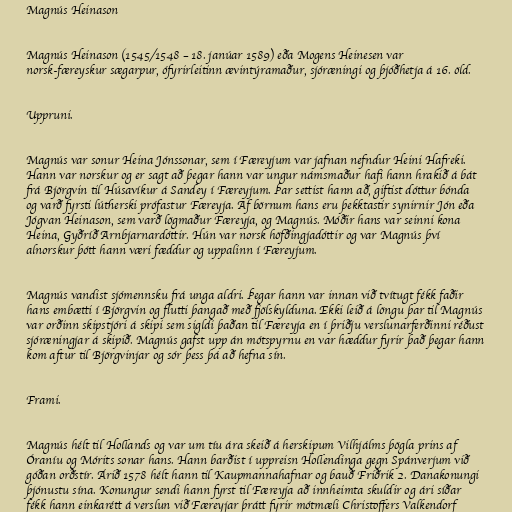
Magnús Heinason

Magnús Heinason (1545/1548 – 18. janúar 1589) eða Mogens Heinesen var
norsk-færeyskur sægarpur, ófyrirleitinn ævintýramaður, sjóræningi og þjóðhetja á 16. öld.

Uppruni.

Magnús var sonur Heina Jónssonar, sem í Færeyjum var jafnan nefndur Heini Hafreki.
Hann var norskur og er sagt að þegar hann var ungur námsmaður hafi hann hrakið á bát
frá Björgvin til Húsavíkur á Sandey í Færeyjum. Þar settist hann að, giftist dóttur bónda
og varð fyrsti lútherski prófastur Færeyja. Af börnum hans eru þekktastir synirnir Jón eða
Jógvan Heinason, sem varð lögmaður Færeyja, og Magnús. Móðir hans var seinni kona
Heina, Gyðríð Arnbjarnardóttir. Hún var norsk höfðingjadóttir og var Magnús því
alnorskur þótt hann væri fæddur og uppalinn í Færeyjum.

Magnús vandist sjómennsku frá unga aldri. Þegar hann var innan við tvítugt fékk faðir
hans embætti í Björgvin og flutti þangað með fjölskylduna. Ekki leið á löngu þar til Magnús
var orðinn skipstjóri á skipi sem sigldi þaðan til Færeyja en í þriðju verslunarferðinni réðust
sjóræningjar á skipið. Magnús gafst upp án mótspyrnu en var hæddur fyrir það þegar hann
kom aftur til Björgvinjar og sór þess þá að hefna sín.

Frami.

Magnús hélt til Hollands og var um tíu ára skeið á herskipum Vilhjálms þögla prins af
Óraníu og Mórits sonar hans. Hann barðist í uppreisn Hollendinga gegn Spánverjum við
góðan orðstír. Árið 1578 hélt hann til Kaupmannahafnar og bauð Friðrik 2. Danakonungi
þjónustu sína. Konungur sendi hann fyrst til Færeyja að innheimta skuldir og ári síðar
fékk hann einkarétt á verslun við Færeyjar þrátt fyrir mótmæli Christoffers Valkendorf